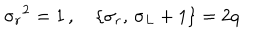
{ \sigma _ { r } } ^ { 2 } = 1 \, , \quad \{ \sigma _ { r } , \, \sigma _ { L } + 1 \} = 2 q